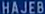
HAJEB